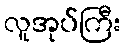
လူအုပ်ကြီး